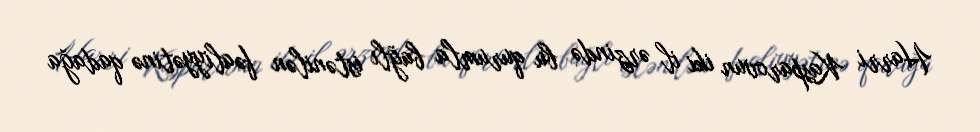
Harri Kasparovun iki il ərzində bu qurumla bağlı istənilən fəaliyyətinə qadağa